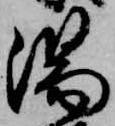
湯